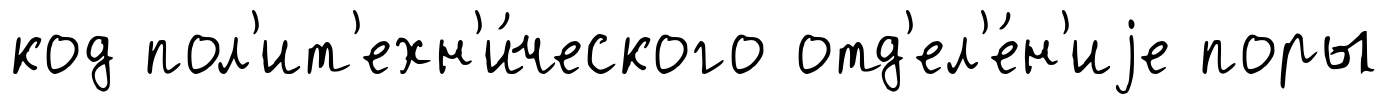
код пол'ит'ехн'и́ческого отд'ел'е́н'иjе поры